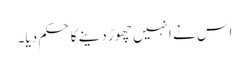
اس نے انہیں چھوڑ دینے کا حکم دیا۔